Scottish Leaving Certificate Examination, 1953
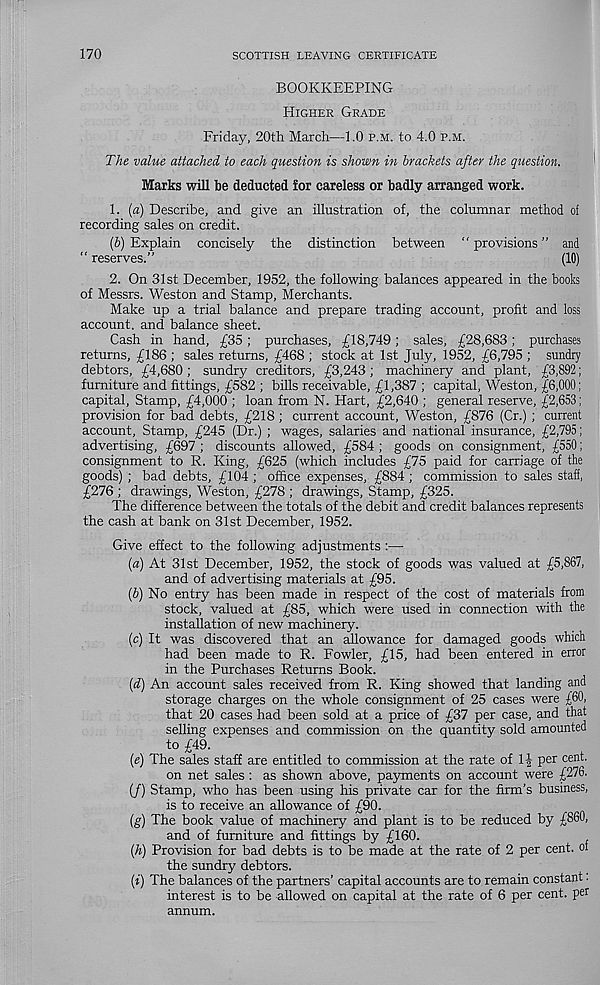
170
SCOTTISH LEAVING CERTIFICATE
BOOKKEEPING
Higher Grade
Friday, 20th March—1.0 p.m. to 4.0 p.m.
The value attached to each question is shown in brackets after the question.
Marks will be deducted tor careless or badly arranged work.
1. («) Describe, and give an illustration of, the columnar method of
recording sales on credit.
[b) Explain concisely the distinction between “ provisions ” and
“ reserves.”
(10)
2. On 31st December, 1952, the following balances appeared in the books
of Messrs. Weston and Stamp, Merchants.
Make up a trial balance and prepare trading account, profit and loss
account, and balance sheet.
Cash in hand, £35; purchases, £18,749; sales, £28,683; purchases
returns, £186 ; sales returns, £468 ; stock at 1st July, 1952, £6,795 ; sundry
debtors, £4,680 ; sundry creditors, £3,243; machinery and plant, £3,892;
furniture and fittings, £582 ; bills receivable, £1,387 ; capital, Weston, £6,000;
capital, Stamp, £4,000 ; loan from N. Hart, £2,640 ; general reserve, £2,653;
provision for bad debts, £218 ; current account, Weston, £876 (Cr.) ; current
account. Stamp, £245 (Dr.) ; wages, salaries and national insurance, £2,795;
advertising, £697 ; discounts allowed, £584 ; goods on consignment, £550;
consignment to R. King, £625 (which includes £75 paid for carriage of the
goods) ; bad debts, £104 ; office expenses, £884 ; commission to sales staff,
£276 ; drawings, Weston, £278 ; drawings, Stamp, £325.
The difference between the totals of the debit and credit balances represents
the cash at bank on 31st December, 1952.
Give effect to the following adjustments :—■
(a) At 31st December, 1952, the stock of goods was valued at £5,867,
and of advertising materials at £95.
(b) No entry has been made in respect of the cost of materials from
stock, valued at £85, which were used in connection with the
installation of new machinery.
(c) It was discovered that an allowance for damaged goods which
had been made to R. Fowler, £15, had been entered in error
in the Purchases Returns Book.
(d) An account sales received from R. King showed that landing and
storage charges on the whole consignment of 25 cases were £60,
that 20 cases had been sold at a price of £37 per case, and that
selling expenses and commission on the quantity sold amounted
to £49.
(e) The sales staff are entitled to commission at the rate of 1| per cent.
on net sales : as shown above, payments on account were £276.
(/) Stamp, who has been using his private car for the firm’s business,
is to receive an allowance of £90.
(g) The book value of machinery and plant is to be reduced by £860,
and of furniture and fittings by £160.
(h) Provision for bad debts is to be made at the rate of 2 per cent, of
the sundry debtors.
(t) The balances of the partners’ capital accounts are to remain constant.
interest is to be allowed on capital at the rate of 6 per cent, per
annum.